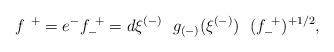
LaTeX: \begin{align*} f^{~+} = e^{-}f^{~+}_{-} = d\xi^{(-)}~~ g_{(-)}(\xi^{(-)}) ~~(f^{~+}_{-})^{+1/2} ,\qquad\end{align*}